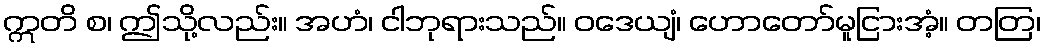
ဣတိ စ၊ ဤသို့လည်း။ အဟံ၊ ငါဘုရားသည်။ ဝဒေယျံ၊ ဟောတော်မူငြားအံ့။ တတြ၊